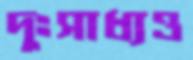
দুঃসাধ্যও